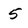
Character: 5